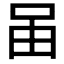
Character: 𠰬